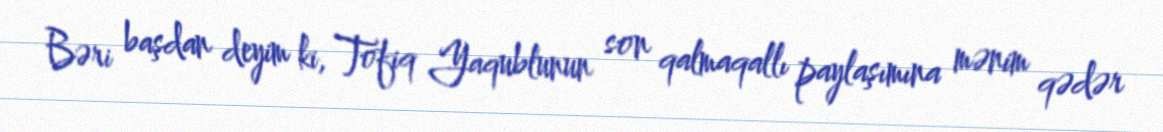
Bəri başdan deyim ki, Tofiq Yaqublunun son qalmaqallı paylaşımına mənim qədər